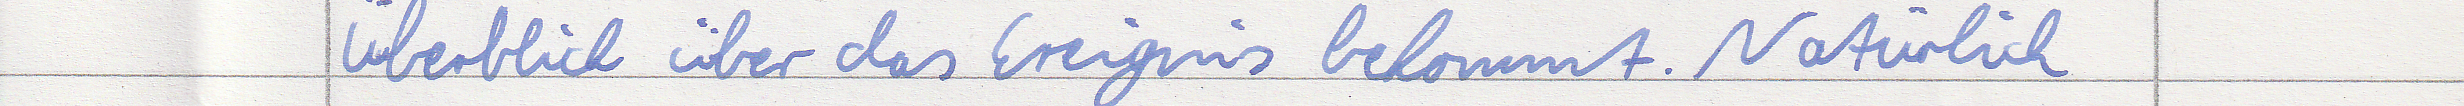
Überblick über das Ereignis bekommt. Natürlich